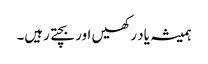
ہمیشہ یاد رکھیں اور بچتے رہیں۔